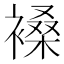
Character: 褬